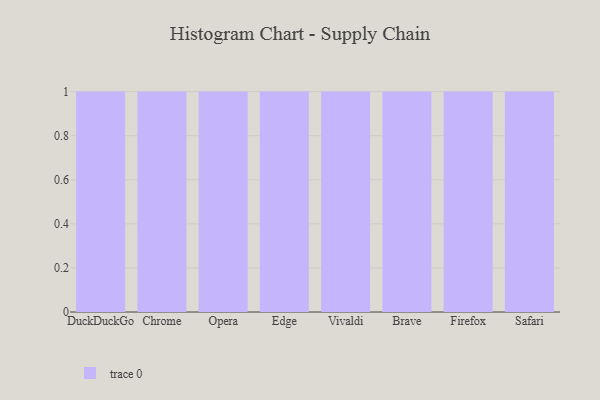
{"axis": {"x": "Browser", "y": "Operating Costs (USD K)"}, "legend": [""], "data": [{"x": "DuckDuckGo", "y": 8, "type": ""}, {"x": "Chrome", "y": 87, "type": ""}, {"x": "Opera", "y": 85, "type": ""}, {"x": "Edge", "y": 83, "type": ""}, {"x": "Vivaldi", "y": 88, "type": ""}, {"x": "Brave", "y": 42, "type": ""}, {"x": "Firefox", "y": 17, "type": ""}, {"x": "Safari", "y": 74, "type": ""}]}